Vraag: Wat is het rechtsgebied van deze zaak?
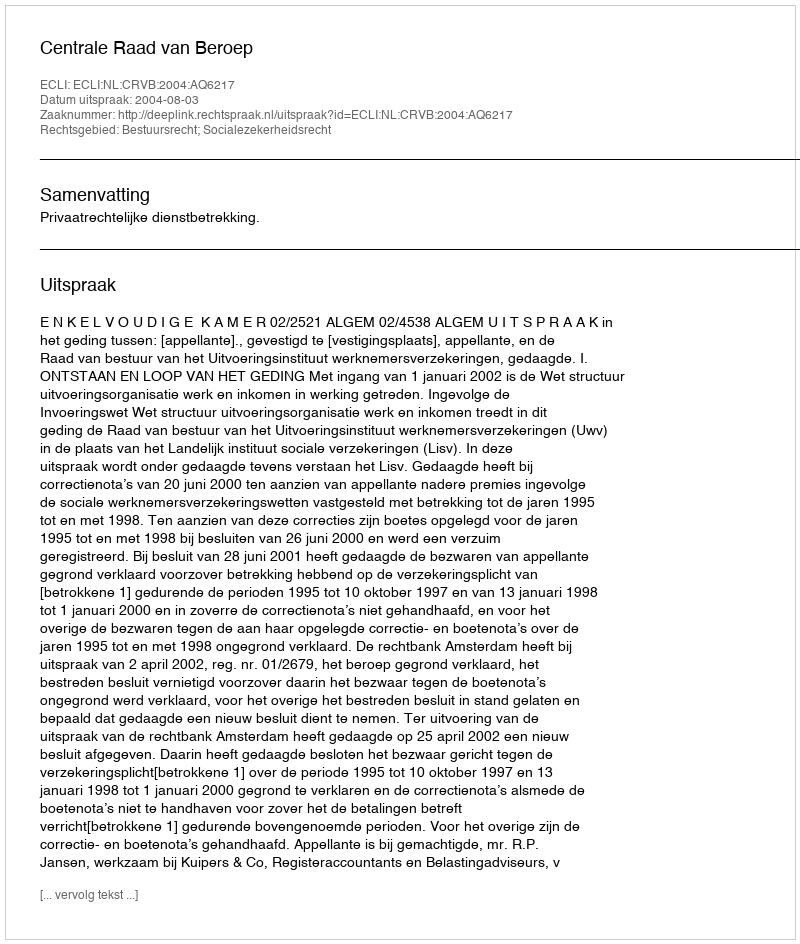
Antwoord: Bestuursrecht; Socialezekerheidsrecht